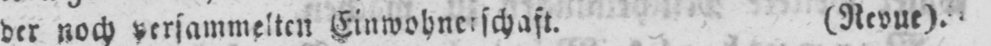
(Revue).